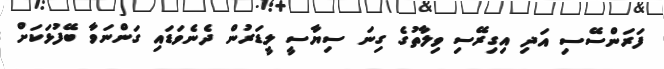
ފަރަންސޭސި އަދި އިގިރޭސި ވިލާތުގެ ގިނަ ސިޔާސީ ލީޑަރުން ދެނެވަޑައި ގަންނަވާ ބޭފުޅަކަށް